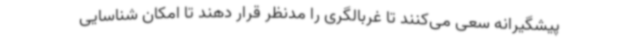
پیشگیرانه سعی می‌کنند تا غربالگری را مدنظر قرار دهند تا امکان شناسایی